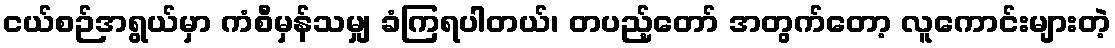
ငယ်စဉ်အရွယ်မှာ ကံစီမှန်သမျှ ခံကြရပါတယ်၊ တပည့်တော် အတွက်တော့ လူကောင်းများတဲ့